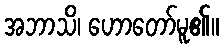
အဘာသိ၊ ဟောတော်မူ၏။